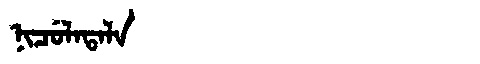
Manchu: ᠨᡳᠴᡠᠯᠠᡨᠠᠯᠠ
Romanization: NICULATALA